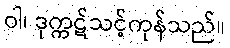
ဝါ၊ ဒုက္ကဋ်သင့်ကုန်သည်။